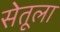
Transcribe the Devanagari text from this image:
सेतूला